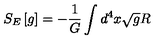
S _ { E } \left[ g \right] = - { \frac { 1 } { G } } \int d ^ { 4 } x \sqrt g R